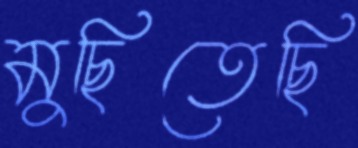
মুছিতেছি